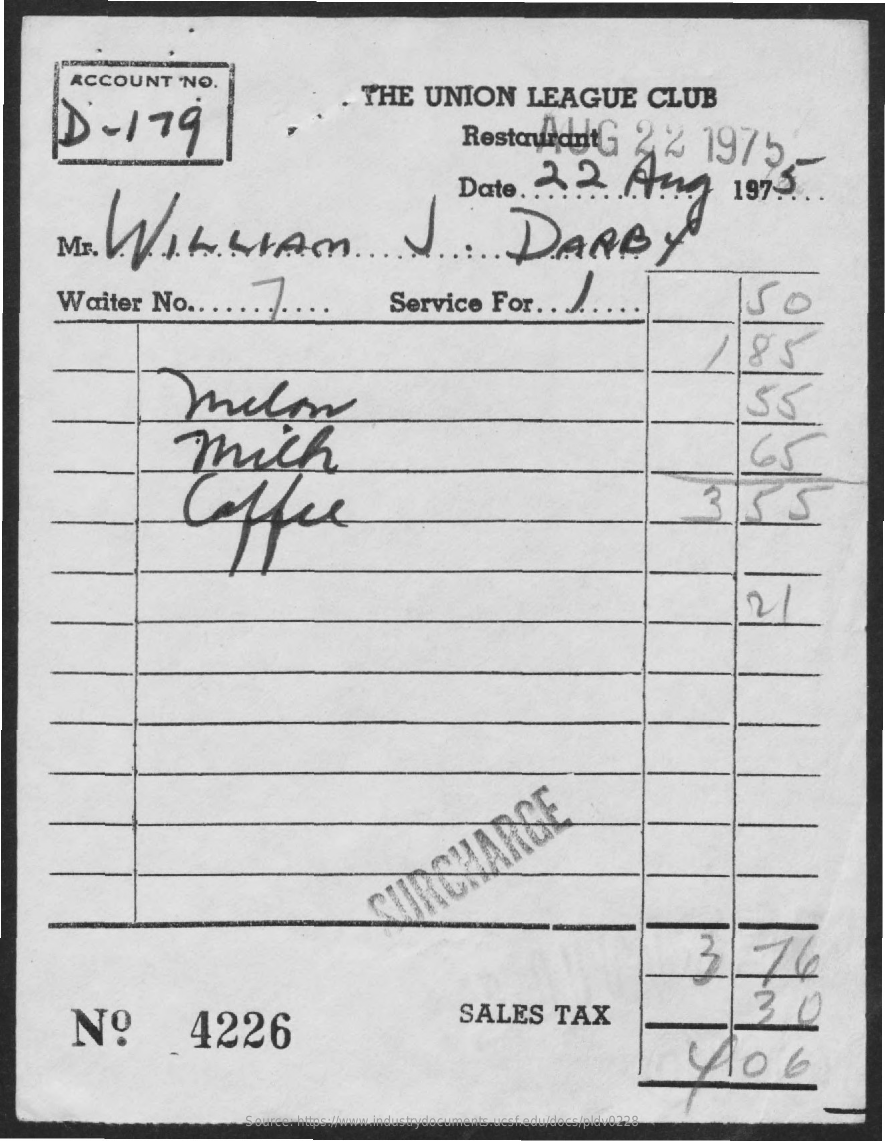
ACCOUNT    NO.
     D    -   179
     THE    UNION    LEAGUE    CLUB
     RestantartG    2    %    1975
     Date.    ...    ..    197   ...    .
     Mr.    I.L.    star    ....    V.    DARBY
     Waiter    No    ...........    Service    For.    .  ...    150
     85
     55
     mich
     Celle    3    KS
     21
     CURCHARGE
     3.76
     Nº    4226
     SALES    TAX    30
     Source: https://www.industrydocuments.ucsf.edu/docs/pldv0228